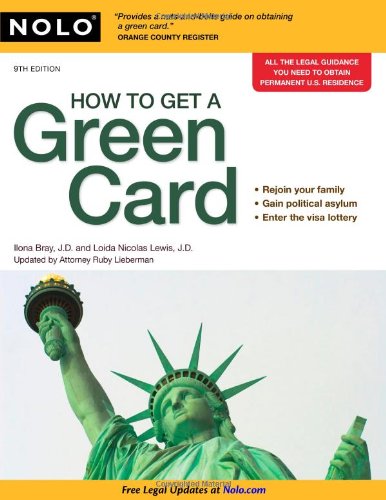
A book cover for How to Get a Green Card; Ilona Bray J.D.; Test Preparation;